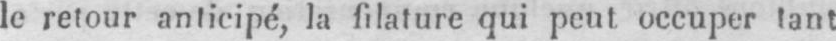
le retour anticipé, la filature qui peut occuper tant